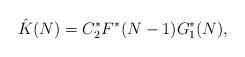
LaTeX: \begin{align*} \hat{K}(N)&=C^*_2F^*(N-1)G^*_1(N),\\ \end{align*}